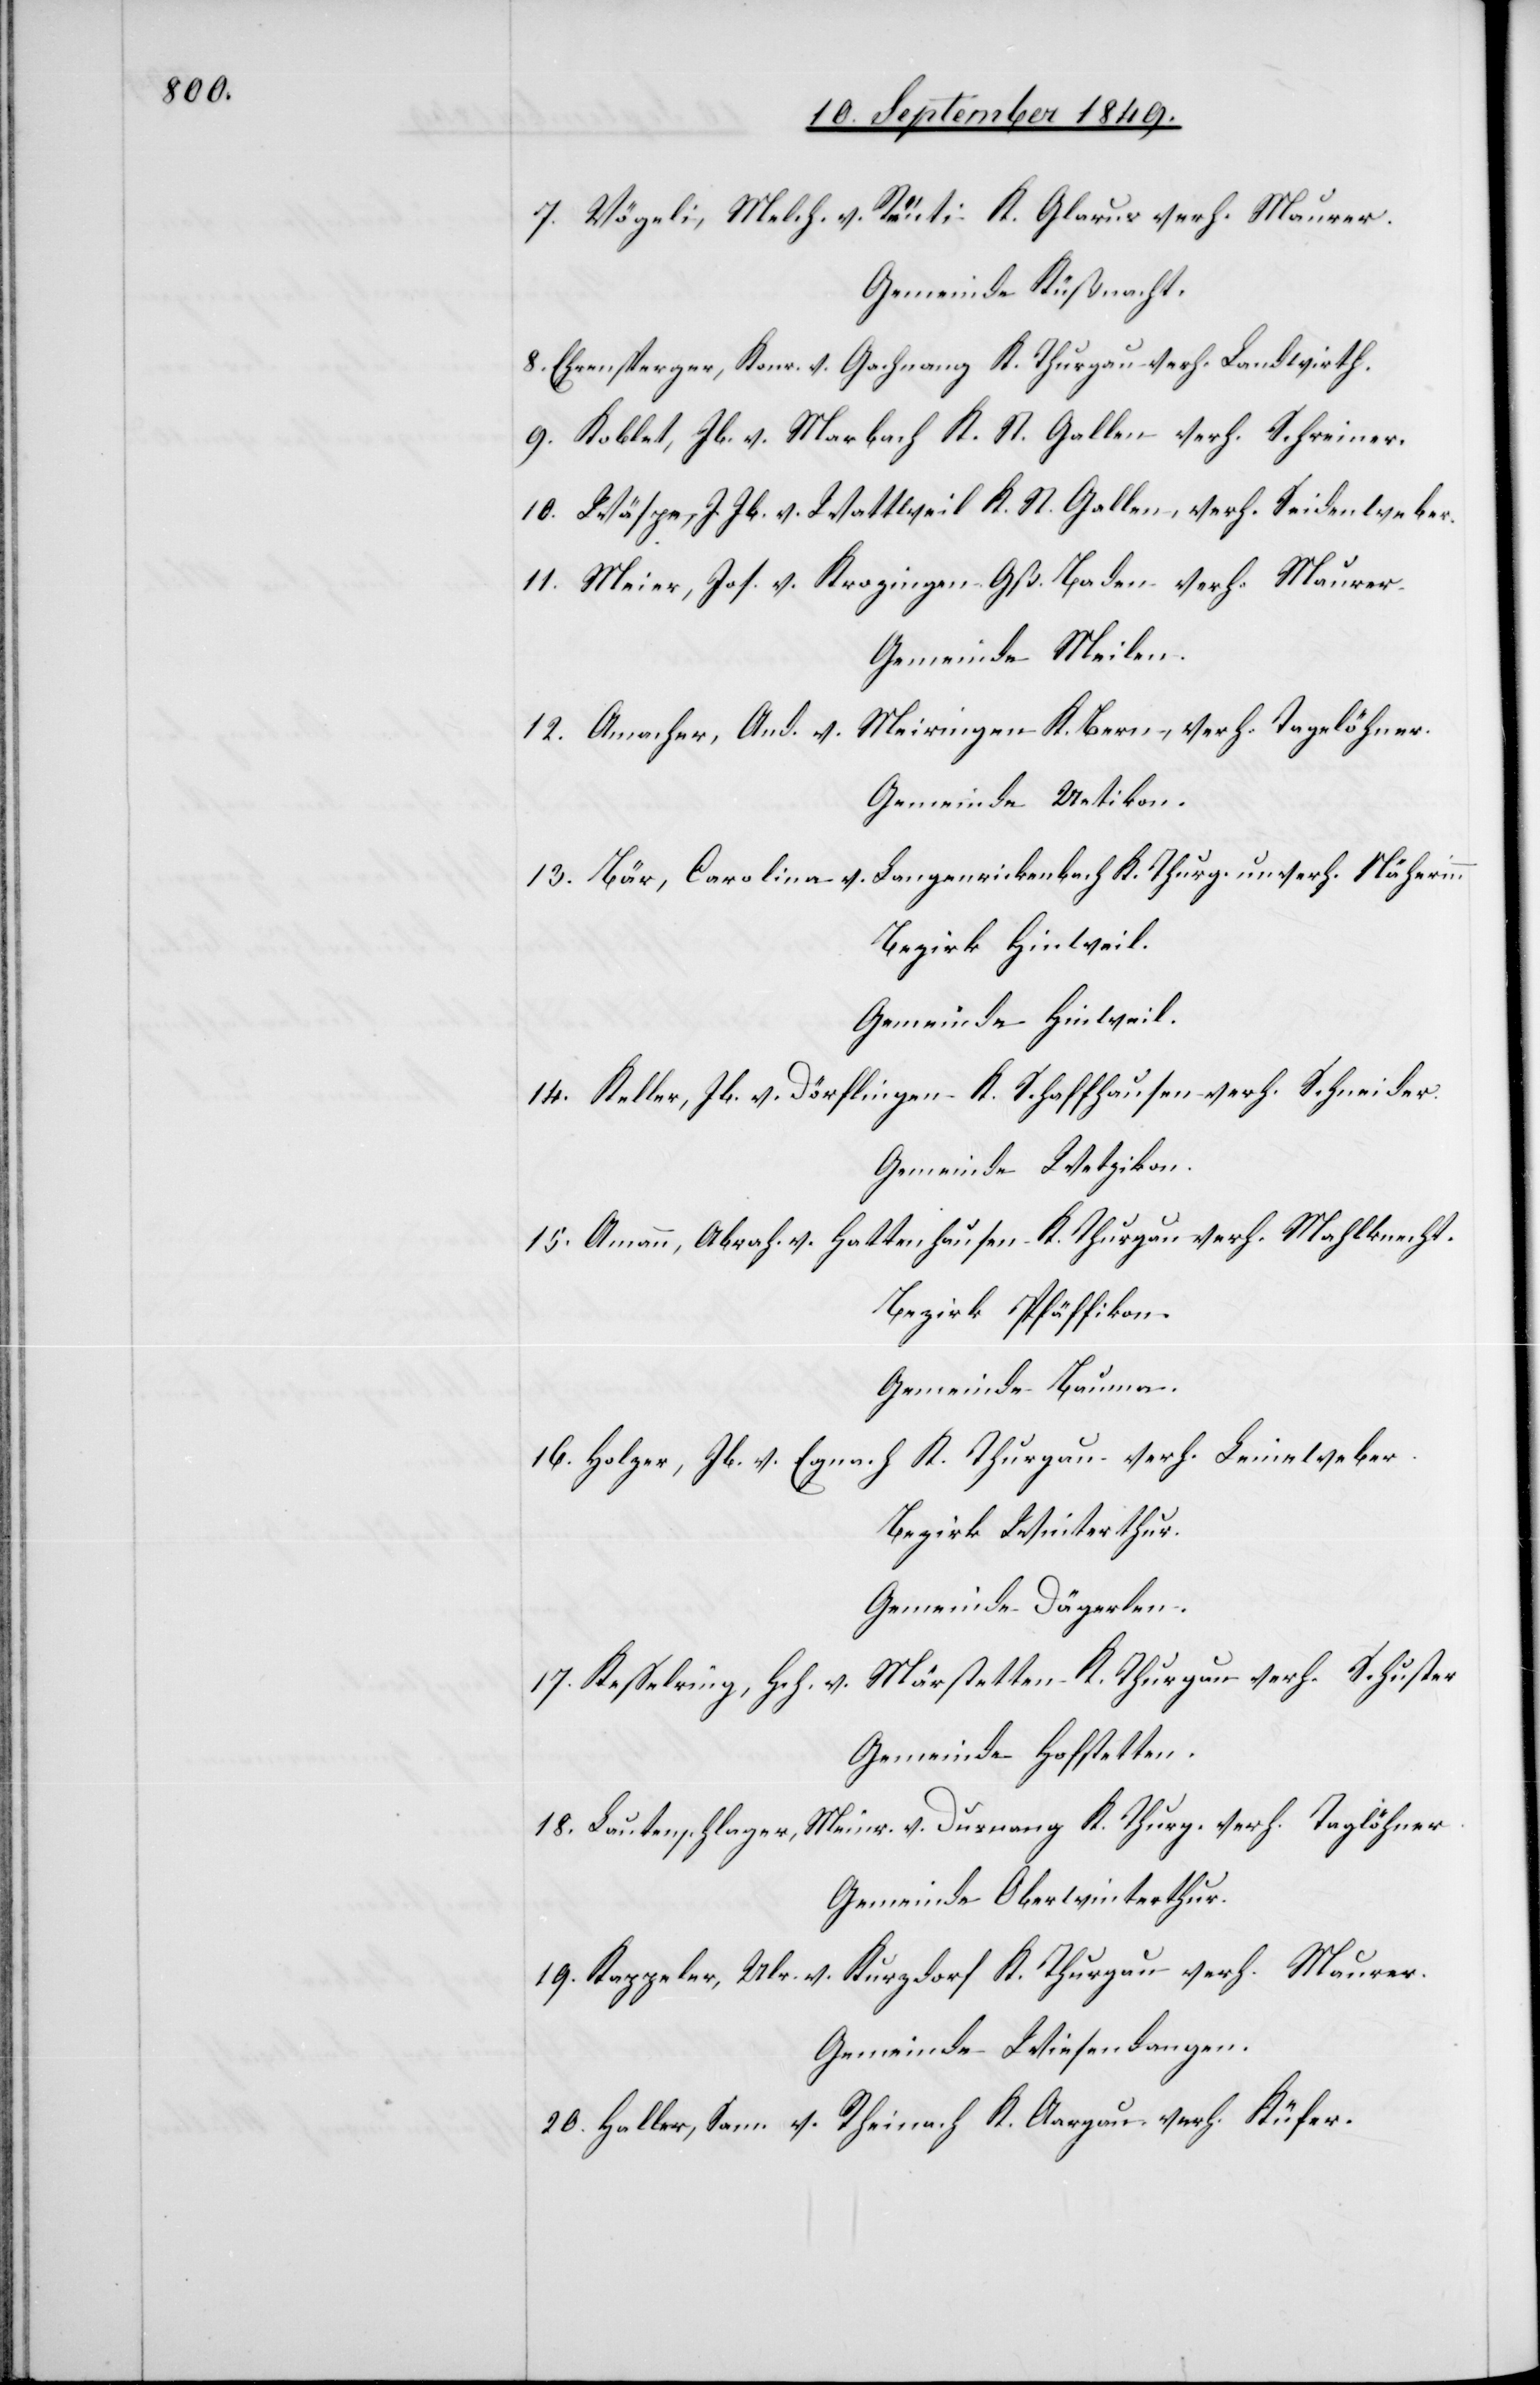
7. Vögeli, Melch. v. Reuti K. Glarus verh. Maurer.
Gemeinde Küßnacht.
8. Ehrensperger, Konr. v. Gachnang K. Thurgau verh. Landwirth.
9. Koblet, Jb. v. Marbach K. St. Gallen verh. Schreiner.
10. Wäspe, J. Jb. v. Wattweil K. St. Gallen, verh. Seidenweber.
11. Meier, Jos. v. Kropzingen Gß. Baden verh. Maurer.
Gemeinde Meilen.
Meiringen K. Bern, verh. Tagelöhner.
12. Amacher, And. v.
Gemeinde Uetikon.
13. Bär, Carolina v. Langenrickenbach K. Thurg. unverh. Näherinn
Bezirk Hinweil.
Gemeinde Hinweil.
14. Keller, Jb. v. Dördlingen K. Schaffhausen verh. Schneider.
Gemeinde Wetzikon.
Haltenhausen K. Thurgau verh. Mahlknecht.
15. Ammann, Abrah. v.
Bezirk Pfäffikon.
Gemeinde Bauma.
16. Holzer, Hb. v. Egnach K. Thurgau verh. Leineweber.
Bezirk Winterthur.
Gemeinde Dägerlen.
17. Kesselring, Hch. v. Märstetten K. Thurgau verh. Schuster
Gemeinde Hofstetten.
18. Lautenschlager, Meinr. v. Dusnang K. Thurg. verh. Taglöhner.
Gemeinde Oberwinterthur.
19. Kappeler, Ulr. v. Kurzdorf K. Thurgau verh. Maurer.
Gemeinde Wiesendangen.
20. Haller, Sam. v. Rheinach K. Aargau, verh. Küfer.